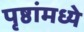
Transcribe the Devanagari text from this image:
पृष्ठांमध्ये